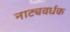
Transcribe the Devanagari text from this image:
नाट्यवर्धक